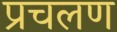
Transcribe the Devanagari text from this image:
प्रचलण